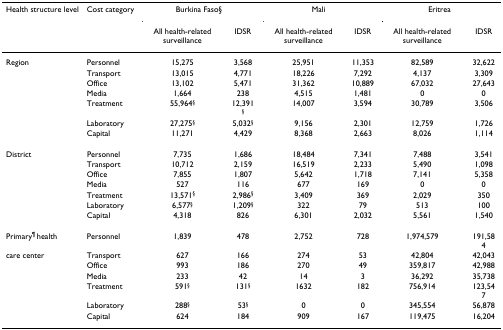
<table><thead><tr><td><b>Health structure level</b></td><td><b>Cost category</b></td><td colspan="2"><b>Burkina Faso§</b></td><td colspan="2"><b>Mali</b></td><td colspan="2"><b>Eritrea</b></td></tr><tr><td></td><td></td><td><b>All health-related surveillance</b></td><td><b>IDSR</b></td><td><b>All health-related surveillance</b></td><td><b>IDSR</b></td><td><b>All health-related surveillance</b></td><td><b>IDSR</b></td></tr></thead><tbody><tr><td>Region</td><td>Personnel</td><td>15,275</td><td>3,568</td><td>25,951</td><td>11,353</td><td>82,589</td><td>32,622</td></tr><tr><td></td><td>Transport</td><td>13,015</td><td>4,771</td><td>18,226</td><td>7,292</td><td>4,137</td><td>3,309</td></tr><tr><td></td><td>Office</td><td>13,102</td><td>5,471</td><td>31,362</td><td>10,889</td><td>67,032</td><td>27,643</td></tr><tr><td></td><td>Media</td><td>1,664</td><td>238</td><td>4,515</td><td>1,481</td><td>0</td><td>0</td></tr><tr><td></td><td>Treatment</td><td>55,964<sup>§</sup></td><td>12,391<sup>§</sup></td><td>14,007</td><td>3,594</td><td>30,789</td><td>3,506</td></tr><tr><td></td><td>Laboratory</td><td>27,275<sup>§</sup></td><td>5,032<sup>§</sup></td><td>9,156</td><td>2,301</td><td>12,759</td><td>1,726</td></tr><tr><td></td><td>Capital</td><td>11,271</td><td>4,429</td><td>8,368</td><td>2,663</td><td>8,026</td><td>1,114</td></tr><tr><td>District</td><td>Personnel</td><td>7,735</td><td>1,686</td><td>18,484</td><td>7,341</td><td>7,488</td><td>3,541</td></tr><tr><td></td><td>Transport</td><td>10,712</td><td>2,159</td><td>16,519</td><td>2,233</td><td>5,490</td><td>1,098</td></tr><tr><td></td><td>Office</td><td>7,855</td><td>1,807</td><td>5,642</td><td>1,718</td><td>7,141</td><td>5,358</td></tr><tr><td></td><td>Media</td><td>527</td><td>116</td><td>677</td><td>169</td><td>0</td><td>0</td></tr><tr><td></td><td>Treatment</td><td>13,571<sup>§</sup></td><td>2,986<sup>§</sup></td><td>3,409</td><td>369</td><td>2,029</td><td>350</td></tr><tr><td></td><td>Laboratory</td><td>6,577<sup>§</sup></td><td>1,209<sup>§</sup></td><td>322</td><td>79</td><td>513</td><td>100</td></tr><tr><td></td><td>Capital</td><td>4,318</td><td>826</td><td>6,301</td><td>2,032</td><td>5,561</td><td>1,540</td></tr><tr><td>Primary<sup>¶ </sup>health</td><td>Personnel</td><td>1,839</td><td>478</td><td>2,752</td><td>728</td><td>1,974,579</td><td>191,584</td></tr><tr><td>care center</td><td>Transport</td><td>627</td><td>166</td><td>274</td><td>53</td><td>42,804</td><td>42,043</td></tr><tr><td></td><td>Office</td><td>993</td><td>186</td><td>270</td><td>49</td><td>359,817</td><td>42,988</td></tr><tr><td></td><td>Media</td><td>233</td><td>42</td><td>14</td><td>3</td><td>36,292</td><td>35,738</td></tr><tr><td></td><td>Treatment</td><td>591<sup>§</sup></td><td>131<sup>§</sup></td><td>1632</td><td>182</td><td>756,914</td><td>123,547</td></tr><tr><td></td><td>Laboratory</td><td>288<sup>§</sup></td><td>53<sup>§</sup></td><td>0</td><td>0</td><td>345,554</td><td>56,878</td></tr><tr><td></td><td>Capital</td><td>624</td><td>184</td><td>909</td><td>167</td><td>119,475</td><td>16,204</td></tr></tbody></table>